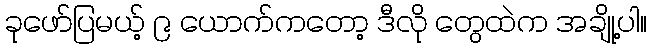
ခုဖော်ပြမယ့် ၉ ယောက်ကတော့ ဒီလို တွေထဲက အချို့ပါ။